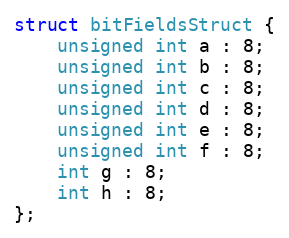
Language: C
struct bitFieldsStruct {
    unsigned int a : 8;
    unsigned int b : 8;
    unsigned int c : 8;
    unsigned int d : 8;
    unsigned int e : 8;
    unsigned int f : 8;
    int g : 8;
    int h : 8;
};